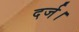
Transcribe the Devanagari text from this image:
दर्ज।